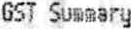
GST SUMMARY